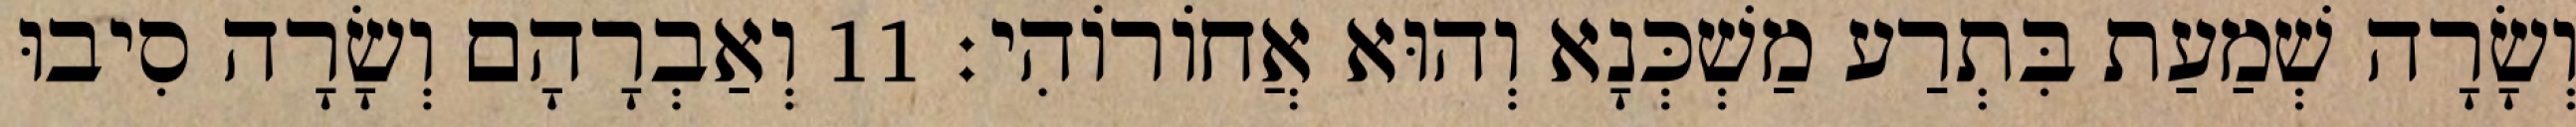
וְשָׂרָה שְׁמַעַת בִּתְרַע מַשְׁכְּנָא וְהוּא אֲחוֹרוֹהִי׃ 11 וְאַבְרָהָם וְשָׂרָה סִיבוּ